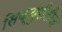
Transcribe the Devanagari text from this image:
सिक्युरीटीज